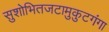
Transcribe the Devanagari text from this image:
सुशोभितजटामुकुटगंगा